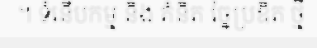
។ ទំនើបកម្ម និង គំនិត ច្នៃប្រឌិត ថ្មី